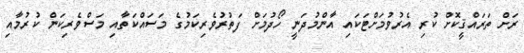
ރަށް ތަރައްޤީކޮށް ކުރި އެރުވުމަށްޓަކައި އާންމުދަނީ ހޯދުމަށް ފަތުރުވެރިކަމުގެ މަސައްކަތާއި މަސްވެރިކަން ކުރުމާއި